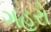
ગહરો